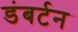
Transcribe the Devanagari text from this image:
डंबर्टन